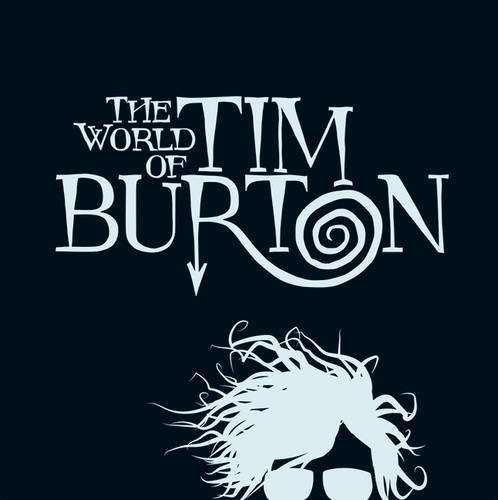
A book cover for The World of Tim Burton (German and English Edition); Jenny He; Humor & Entertainment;